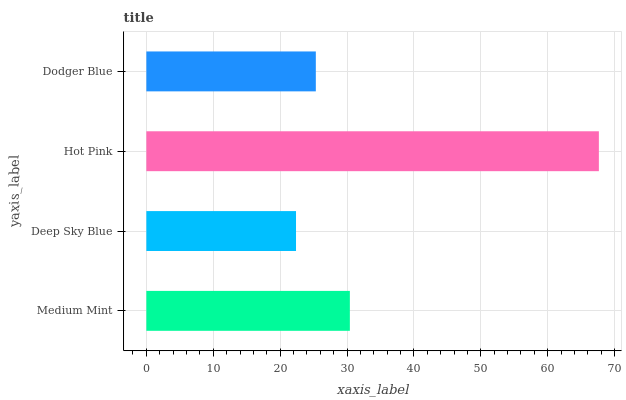
| yaxis_label | bars |
 | --- | --- |
 | Medium Mint | 30.4 |
 | Deep Sky Blue | 22.4 |
 | Hot Pink | 67.6 |
 | Dodger Blue | 25.3 |